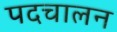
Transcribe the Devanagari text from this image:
पदचालन